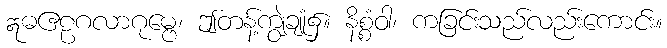
ဣဓဧဠဂလာဂုမ္ဗေ၊ ဤတန့်ကျွဲချုံ၌။ နိစ္စံဝါ၊ ကခြင်းသည်လည်းကောင်း။